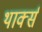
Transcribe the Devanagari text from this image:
थार्क्स